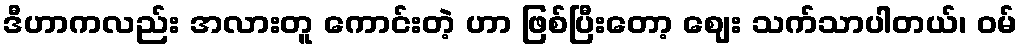
ဒီဟာကလည်း အလားတူ ကောင်းတဲ့ ဟာ ဖြစ်ပြီးတော့ ဈေး သက်သာပါတယ်၊ ဝမ်